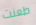
طعنت